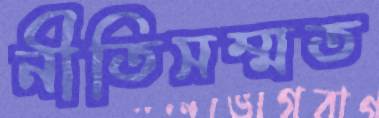
নীতিসম্মত